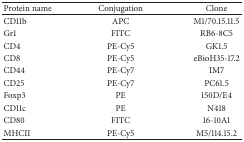
<table><thead><tr><td><b>Protein name</b></td><td><b>Conjugation</b></td><td><b>Clone </b></td></tr></thead><tbody><tr><td>CD11b</td><td>APC</td><td>M1/70.15.11.5</td></tr><tr><td>Gr1</td><td>FITC</td><td>RB6-8C5</td></tr><tr><td>CD4</td><td>PE-Cy5</td><td>GK1.5</td></tr><tr><td>CD8</td><td>PE-Cy5</td><td>eBioH35-17.2</td></tr><tr><td>CD44</td><td>PE-Cy7</td><td>IM7</td></tr><tr><td>CD25</td><td>PE-Cy7</td><td>PC61.5</td></tr><tr><td>Foxp3</td><td>PE</td><td>150D/E4</td></tr><tr><td>CD11c</td><td>PE</td><td>N418</td></tr><tr><td>CD80</td><td>FITC</td><td>16-10A1</td></tr><tr><td>MHCII</td><td>PE-Cy5</td><td>M5/114.15.2</td></tr></tbody></table>